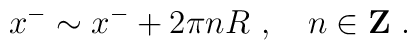
x^- \sim x^- + 2 \pi n R~,~~~n \in {\bf Z}~.